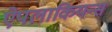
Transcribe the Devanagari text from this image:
ऐपलाकियन्स